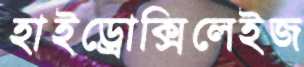
হাইড্রোক্সিলেইজ